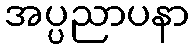
အပ္ပညာပနာ